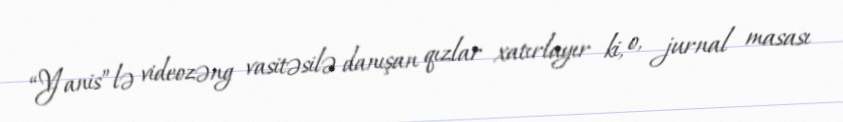
“Yanis”lə videozəng vasitəsilə danışan qızlar xatırlayır ki, o, jurnal masası